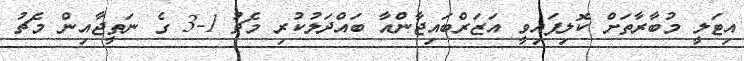
އިޓަލީ މުބާރާތަށް ކޮލިފައިވީ އަޒަރްބައިޖާންއާ ބައްދަލުކުރި މެޗު 1-3 ގެ ނަތީޖާއިން މެޗު